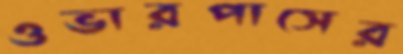
ওভারপাসের